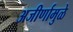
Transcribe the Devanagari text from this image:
अजीर्णामुळे